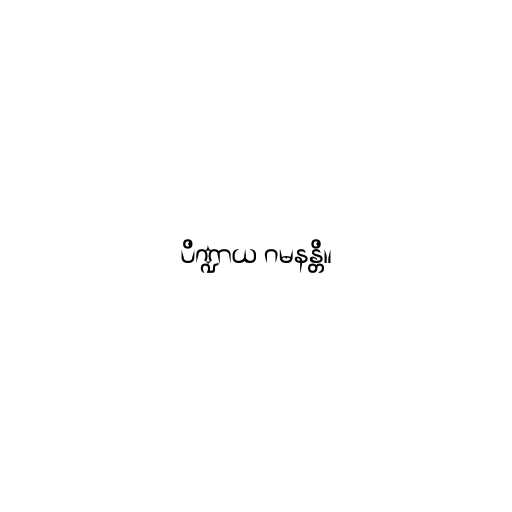
ပိဏ္ဍာယ ဂမနန္တိ။